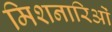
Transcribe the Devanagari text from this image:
मिशनारिओं